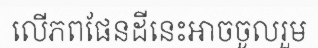
លើភពផែនដីនេះអាចចូលរួម